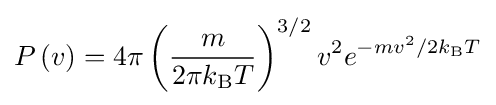
P\left(v\right)=4\pi \left({\frac {m}{2\pi k_{\text{B}}T}}\right)^{3/2}v^{2}e^{-mv^{2}/2k_{\text{B}}T}